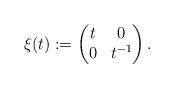
LaTeX: \begin{align*} \xi (t):=\begin{pmatrix} t & 0 \\ 0 & t^{-1} \end{pmatrix}.\end{align*}